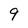
Character: 9